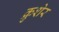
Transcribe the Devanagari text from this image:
क्रुशेर